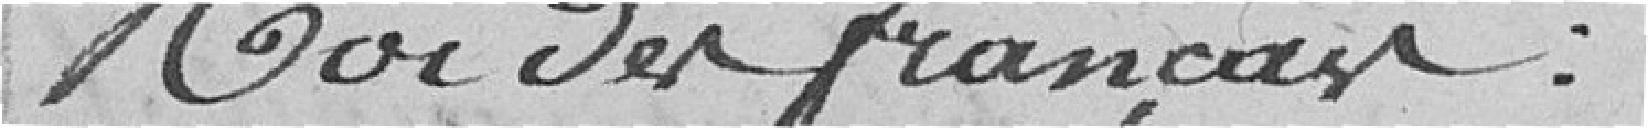
Sire, recevoir avec bienveillance l'hommage de sa